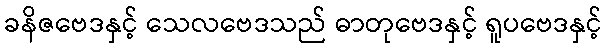
ခနိဇဗေဒနှင့် သေလဗေဒသည် ဓာတုဗေဒနှင့် ရူပဗေဒနှင့်